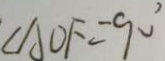
\angle A O F = 9 0 ^ { \circ }